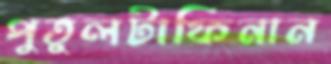
পুতুলটাফিনান